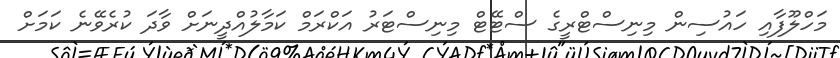
މަހްލޫފާއި ހައުސިން މިނިސްޓްރީގެ ސްޓޭޓް މިނިސްޓަރު އަކްރަމް ކަމާލުއްދީނަށް ވާދަ ކުރެވޭނެ ކަމަށް